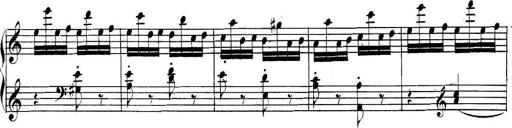
Title: Collected Piano Sonatas
Composer: Muzio Clementi